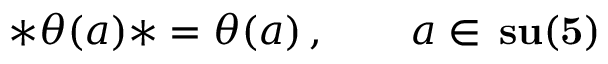
* \theta ( a ) * = \theta ( a ) \, , \qquad a \in \, { \bf s u ( 5 ) }